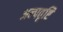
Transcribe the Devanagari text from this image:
अल्पवृष्टि